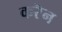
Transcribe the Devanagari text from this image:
करॆन